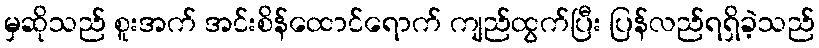
မှဆိုသည် စူးအက် အင်းစိန်ထောင်ရောက် ကျည်ထွက်ပြီး ပြန်လည်ရရှိခဲ့သည်